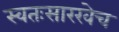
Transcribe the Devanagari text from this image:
स्वतःसारखेच